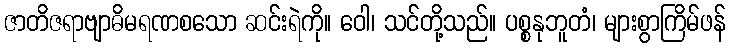
ဇာတိဇရာဗျာဓိမရဏစသော ဆင်းရဲကို။ ဝေါ၊ သင်တို့သည်။ ပစ္စနုဘူတံ၊ များစွာကြိမ်ဖန်